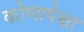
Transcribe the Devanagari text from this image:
कोणापेक्षा